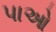
પાઓ